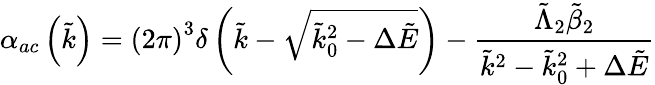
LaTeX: \alpha_{ac}\left(\tilde{k}\right)=\left(2\pi\right)^{3}\delta\left(\tilde{k}-\sqrt{\tilde{k}_{0}^{2}-\Delta\tilde{E}}\right)-\frac{\tilde{\Lambda}_{2}\tilde{\beta}_{2}}{\tilde{k}^{2}-\tilde{k}_{0}^{2}+\Delta\tilde{E}}